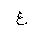
Letter: _gayn